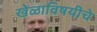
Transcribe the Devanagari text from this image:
खेळाविषयीचे